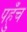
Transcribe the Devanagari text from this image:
पह़ुँच